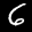
Label: 6